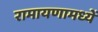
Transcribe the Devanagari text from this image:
रामायणामध्यें